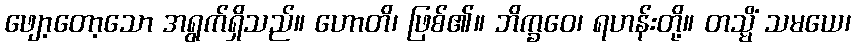
ဖျော့တော့သော အရွက်ရှိသည်။ ဟောတိ၊ ဖြစ်၏။ ဘိက္ခဝေ၊ ရဟန်းတို့။ တသ္မိံ သမယေ၊